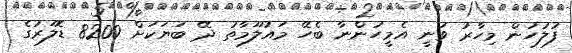
ފުލުހުން މިހާރު ވަނީ އެމީހުންނާ ބެހޭ މައުލޫމާތު ދޭ ބަޔަކަށް 8200 ޑޮލަރުގެ